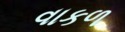
વાકળ